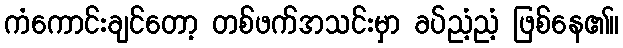
ကံကောင်းချင်တော့ တစ်ဖက်အသင်းမှာ ခပ်ညံ့ညံ့ ဖြစ်နေ၏။